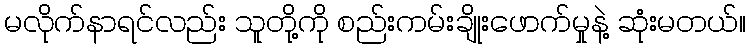
မလိုက်နာရင်လည်း သူတို့ကို စည်းကမ်းချိုးဖောက်မှုနဲ့ ဆုံးမတယ်။